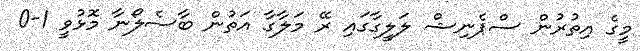
މީގެ އިތުރުން ސްޕެނިޝް ލަލީގާގައި ރޭ މަލާގާ އަތުން ބާސެލޯނާ މޮޅުވީ 1-0